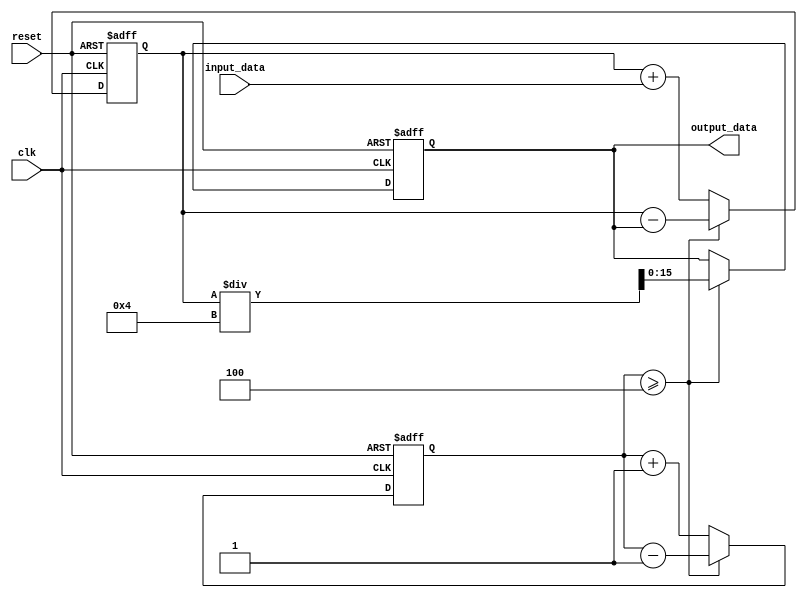
module MovingAverageAccumulator (
    input wire clk,
    input wire reset,
    input wire signed [15:0] input_data,
    output reg signed [15:0] output_data
);

reg signed [15:0] sum;
reg [3:0] count;
parameter WINDOW_SIZE = 4;

always @(posedge clk or posedge reset) begin
    if (reset) begin
        sum <= 0;
        count <= 0;
        output_data <= 0;
    end else begin
        sum <= sum + input_data;
        count <= count + 1;
        
        if (count >= WINDOW_SIZE) begin
            output_data <= sum / WINDOW_SIZE;
            sum <= sum - output_data;
            count <= count - 1;
        end
    end
end

endmodule